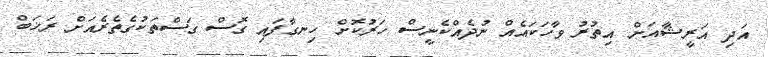
އަދި އަރީޝާއަށް އިތުރު ވާހަކައެއް ނުދެއްކެނީސް ހަރުކޮށް ހިނގާފައި ގޮސް ގަސްތަކުގެތެރެއަށް ރަޚަބް